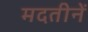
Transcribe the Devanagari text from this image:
मदतीनें